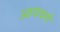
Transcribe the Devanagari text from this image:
आयवर्ग